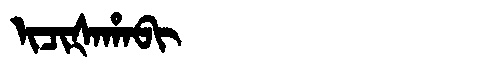
Manchu: ᡳᠴᡳᡧᠠᡥᠠᠪᡳ
Romanization: ICIŠAHABI